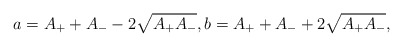
\begin{align*}a=A_{+}+A_{-}-2\sqrt{A_{+}A_{-}},b=A_{+}+A_{-}+2\sqrt{A_{+}A_{-}},\end{align*}